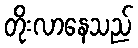
တိုးလာနေသည်